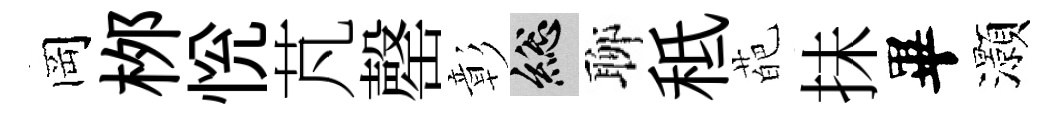
岡桞恱芃罄彰總聊秪葩抺畢灝